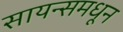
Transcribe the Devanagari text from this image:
सायन्समधून